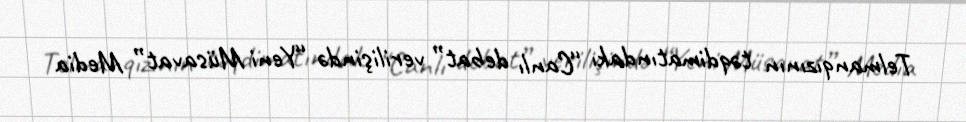
Telmanqızının təqdimatındakı “Canlı debat” verilişində “Yeni Müsavat” Media